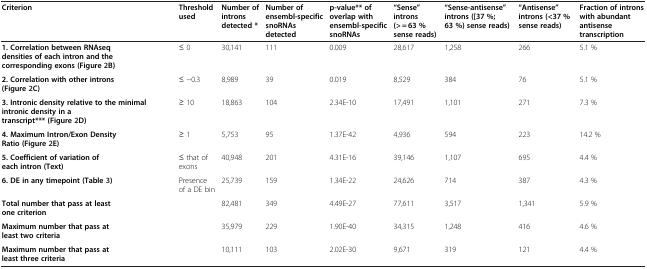
<table><thead><tr><td><b>Criterion</b></td><td><b>Threshold used</b></td><td><b>Number of introns detected *</b></td><td><b>Number of ensembl-specific snoRNAs detected</b></td><td><b>p-value** of overlap with ensembl-specific snoRNAs</b></td><td><b>“Sense” introns (&gt; = 63 % sense reads)</b></td><td><b>“Sense-antisense” introns ([37 %; 63 %) sense reads)</b></td><td><b>“Antisense” introns (&lt;37 % sense reads)</b></td><td><b>Fraction of introns with abundant antisense transcription</b></td></tr></thead><tbody><tr><td><b>1. Correlation between RNAseq densities of each intron and the corresponding exons (Figure</b>2<b>B)</b></td><td>≤ 0</td><td>30,141</td><td>111</td><td>0.009</td><td>28,617</td><td>1,258</td><td>266</td><td>5.1 %</td></tr><tr><td><b>2. Correlation with other introns (Figure</b>2<b>C)</b></td><td>≤ −0.3</td><td>8,989</td><td>39</td><td>0.019</td><td>8,529</td><td>384</td><td>76</td><td>5.1 %</td></tr><tr><td><b>3. Intronic density relative to the minimal intronic density in a transcript*** (Figure</b>2<b>D)</b></td><td>≥ 10</td><td>18,863</td><td>104</td><td>2.34E-10</td><td>17,491</td><td>1,101</td><td>271</td><td>7.3 %</td></tr><tr><td><b>4. Maximum Intron/Exon Density Ratio (Figure</b>2<b>E)</b></td><td>≥ 1</td><td>5,753</td><td>95</td><td>1.37E-42</td><td>4,936</td><td>594</td><td>223</td><td>14.2 %</td></tr><tr><td><b>5. Coefficient of variation of each intron (Text)</b></td><td>≤ that of exons</td><td>40,948</td><td>201</td><td>4.31E-16</td><td>39,146</td><td>1,107</td><td>695</td><td>4.4 %</td></tr><tr><td><b>6. DE in any timepoint (Table</b>3<b>)</b></td><td>Presence of a DE bin</td><td>25,739</td><td>159</td><td>1.34E-22</td><td>24,626</td><td>714</td><td>387</td><td>4.3 %</td></tr><tr><td><b>Total number that pass at least one criterion</b></td><td> </td><td>82,481</td><td>349</td><td>4.49E-27</td><td>77,611</td><td>3,517</td><td>1,341</td><td>5.9 %</td></tr><tr><td><b>Maximum number that pass at least two criteria</b></td><td> </td><td>35,979</td><td>229</td><td>1.90E-40</td><td>34,315</td><td>1,248</td><td>416</td><td>4.6 %</td></tr><tr><td><b>Maximum number that pass at least three criteria</b></td><td> </td><td>10,111</td><td>103</td><td>2.02E-30</td><td>9,671</td><td>319</td><td>121</td><td>4.4 %</td></tr></tbody></table>